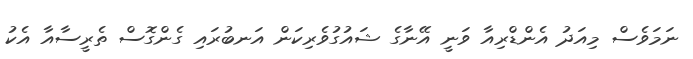
ނަމަވެސް މިއަދު އެންޑްރިއާ ވަނީ އޭނާގެ ޝައުގުވެރިކަން އަނބުރައި ގެންގޮސް ތެރީސާއާ އެކު